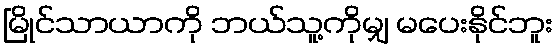
မြိုင်သာယာကို ဘယ်သူ့ကိုမျှ မပေးနိုင်ဘူး